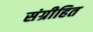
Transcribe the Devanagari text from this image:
संग्रीहित